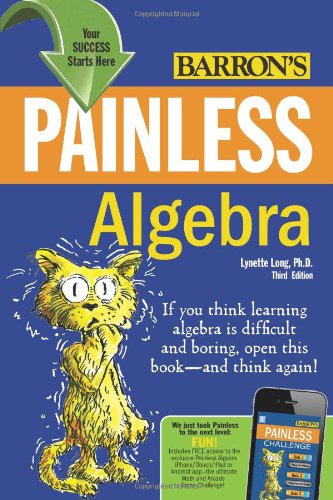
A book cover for Painless Algebra (Painless Series); Lynette Long Ph.D.; Science & Math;